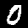
Digit: 0